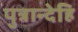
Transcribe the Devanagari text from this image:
पुत्रान्देहि